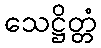
သေဋ္ဌိတ္တံ